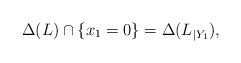
\begin{align*} \Delta(L)\cap \{x_1=0\}=\Delta(L_{|Y_1}),\end{align*}